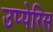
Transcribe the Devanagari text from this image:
उप्पेरिस